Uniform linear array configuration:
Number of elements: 4
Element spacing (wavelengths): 0.75
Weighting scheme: hann
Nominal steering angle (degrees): -60
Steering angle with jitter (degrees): -61.866
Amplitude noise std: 0.05
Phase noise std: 0.05

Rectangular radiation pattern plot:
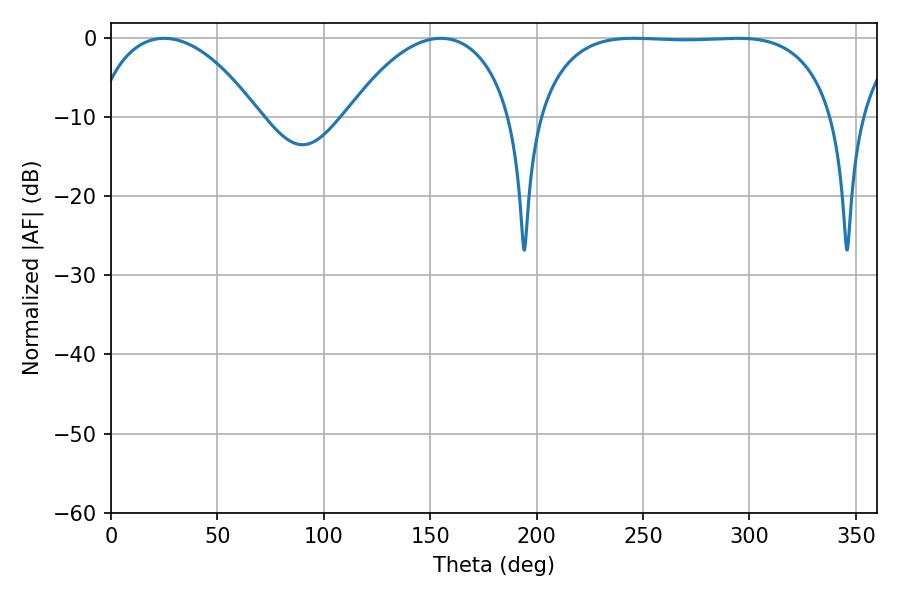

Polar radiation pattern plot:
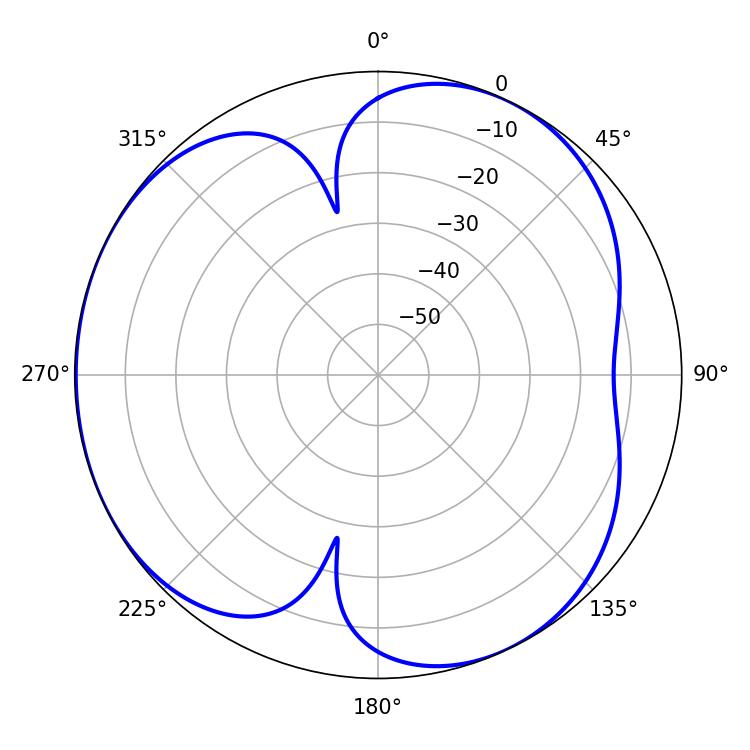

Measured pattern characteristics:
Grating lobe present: TRUE
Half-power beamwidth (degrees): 109.44
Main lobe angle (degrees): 245.7